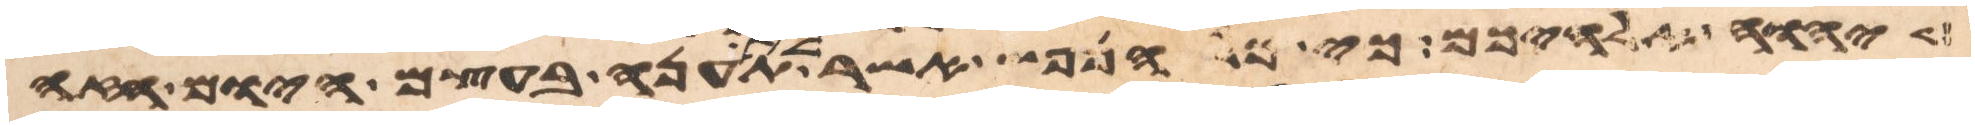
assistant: יהוה אלהיכם כי כל הנפש אשר לא תענה בעצם היום הזה